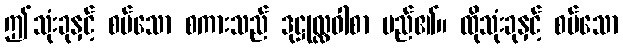
ဤသုံးခုနှင့် စပ်သော စကားသည် ဒုဋ္ဌုလ္လဝါစာ မည်၏။ ထိုသုံးခုနှင့် စပ်သော